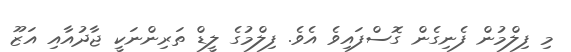
މި ފިލްމުން ފެނިގެން ގޮސްފައިވެ އެވެ. ފިލްމުގެ ލީޑް ތަރިންނަކީ ޖާދުއާއި އަޒޫ